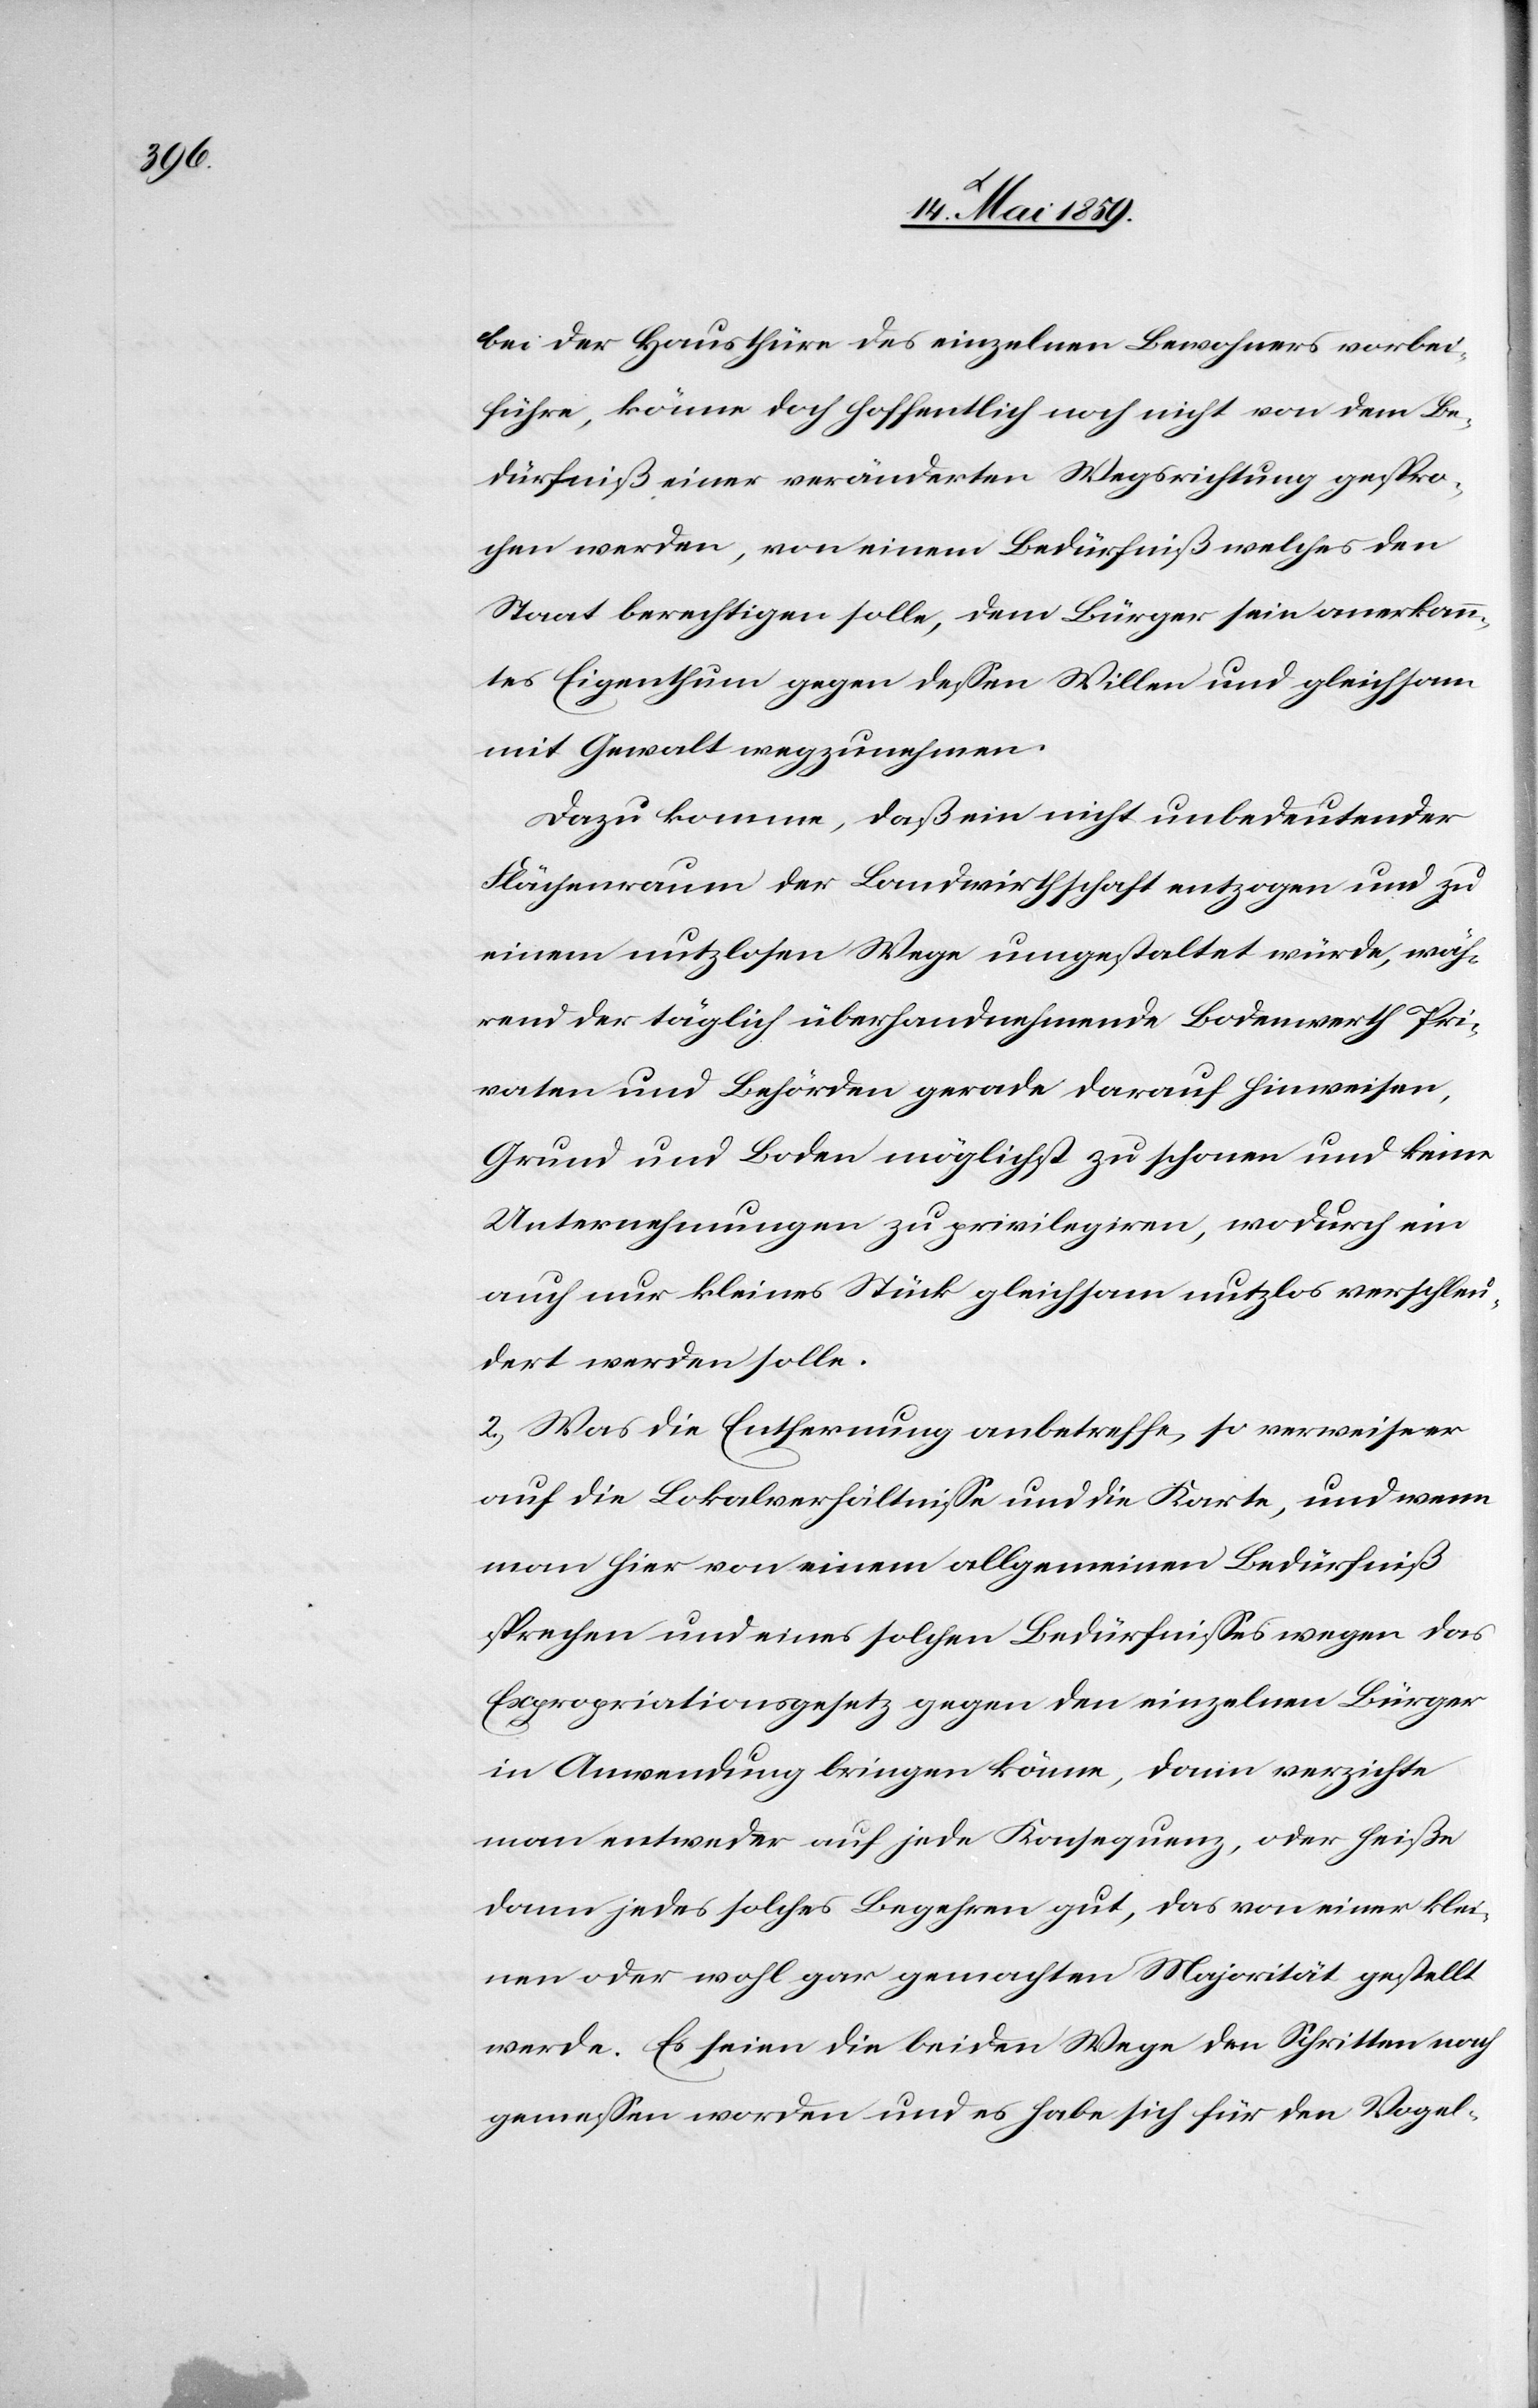
Pri¬

bei der Hausthüre des einzelnen Bewohners vorbei¬
führe, könne doch hoffentlich noch nicht von dem Be¬
dürfniß einer veränderten Wegsrichtung gespro¬
chen werden, von einem Bedürfniß welches den
Staat berechtigen solle, dem Bürger sein anerkann¬
tes Eigenthum gegen deßen Willen und gleichsam
mit Gewalt wegzunehmen.
Dazu komme, daß ein nicht unbedeutender
Flächenraum der Landwirthschaft entzogen und zu
einem nutzlosen Wege umgestaltet würde, wäh¬
rend der täglich überhandnehmende Bodenwerth Pri¬
vate] und Behörden gerade darauf hinweisen,
Grund und Boden möglichst zu schonen und keine
Unternehmungen zu privilegiren, wodurch ein
auch nur kleines Stück gleichsam nutzlos verschleu¬
dert werden solle.
2) Was die Entfernung anbetreffe, so verweise er
auf die Lokalverhältniße und die Karte, und wenn
man hier von einem allgemeinen Bedürfniß
sprechen und eines solchen Bedürfnißes wegen das
Expropriationsgesetz gegen den einzelnen Bürger
in Anwendung bringen könne, dann verzichte
man entweder auf jede Konsequenz, oder heiße
dann jedes solches Begehren gut, das von einer klei¬
nen oder wohl gar gemachten Majorität gestellt
werde. Es seien die beiden Wege den Schritten nach
gemeßen worden und es habe sich für den Vogel-